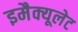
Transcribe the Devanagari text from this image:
इमैक्यूलेट